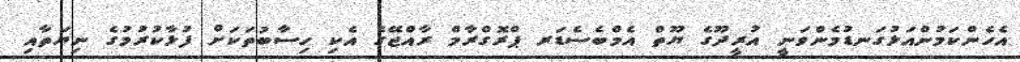
އެހެންކަމުންއަޅުގަނޑުމެންވަނީ އުރީދޫގެ ޔޫތް އެމްބެސެޑަރ ޕްރޮގްރާމް ރާއްޖޭގެ އެކި ހިސާބުތަކަށް ފުޅާކުރުމުގެ ނިޔަތާއި